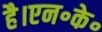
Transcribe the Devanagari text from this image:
है।एन॰के॰